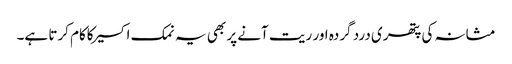
مثانہ کی پتھری درد گردہ اور ریت آنے پر بھی یہ نمک اکسیرکاکام کرتا ہے۔